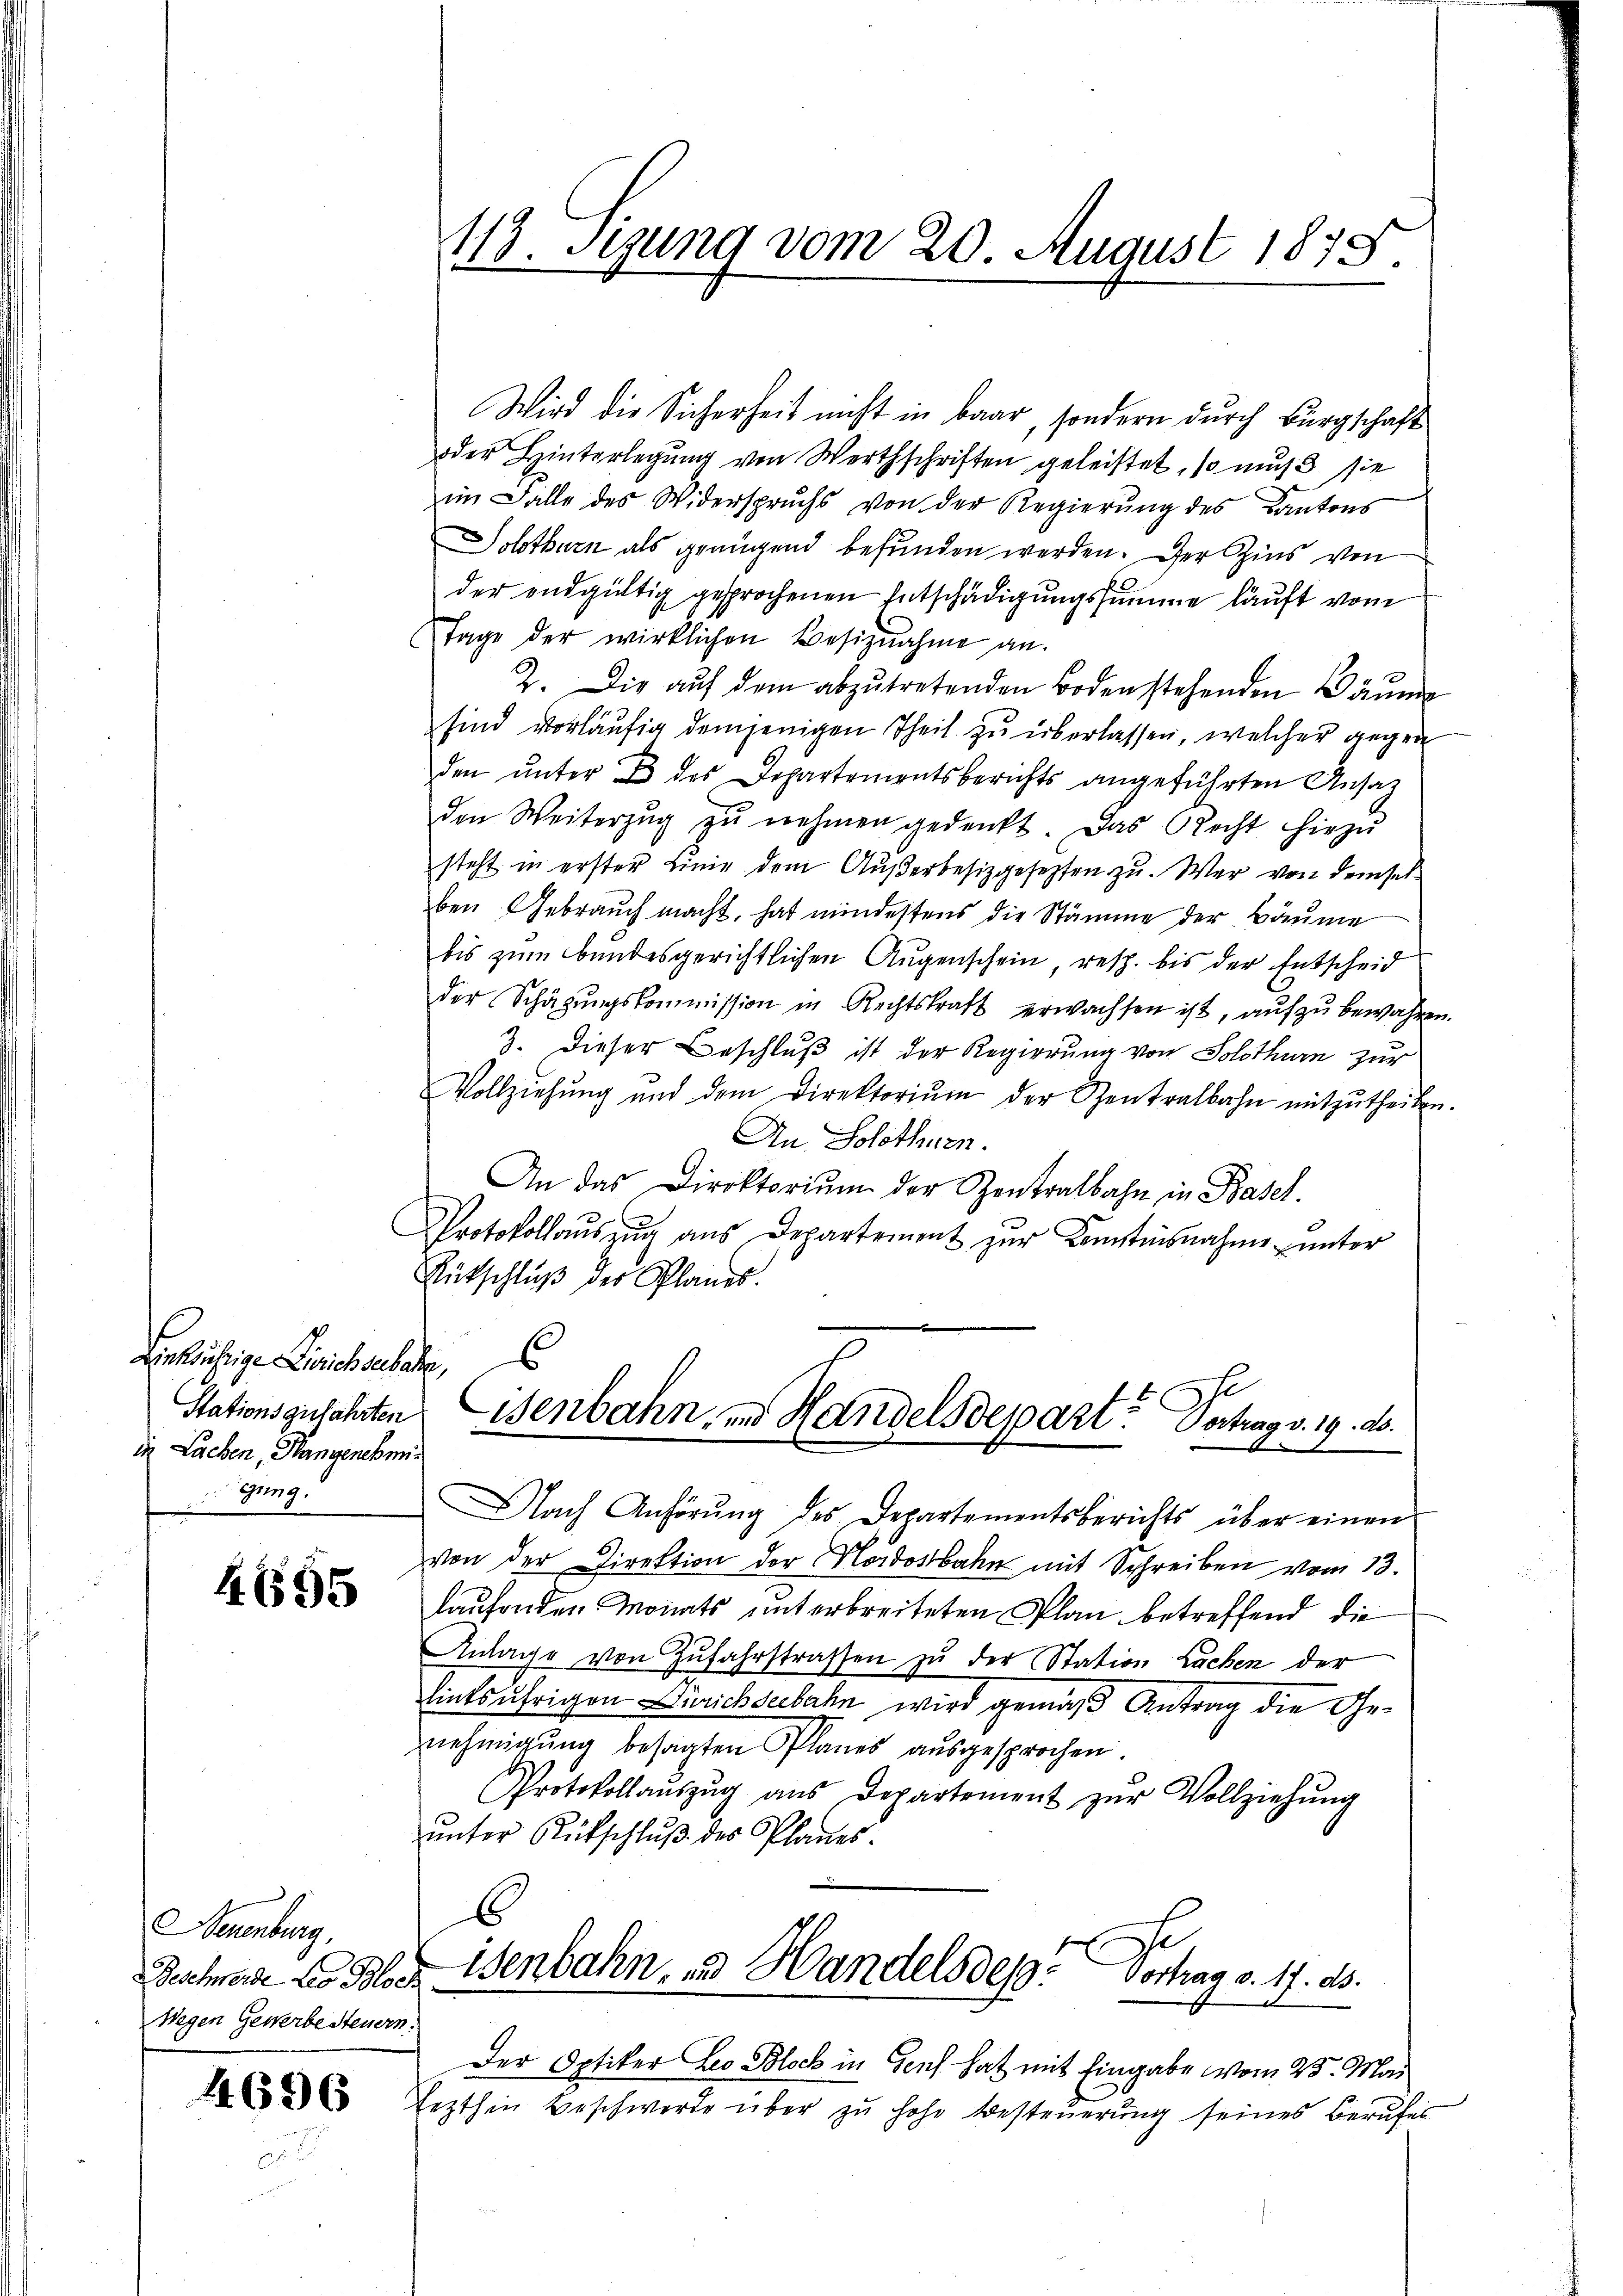
Dinkufrige Lisich sebatte,
in Lachen, Plangenehmi¬
Gung.

4695

Neuenburg,
RGeschneide Leo Bloch
Wegen Gewerbesteuern.

4696

113. Sizung vom 20. August 1875

Wird die Sicherheit nicht in Baar, sondern durch Bürgschaft
oder Hinterlegung von Werthschriften geleistet, so muß sie
im Falle des Widerspruchs von der Regierŭng des Kantons
Solothurn als genügend befunden werden. Der Zins von
der endgültig gesprochenen Entschädigungssumme läuft vom
Tage der wirklichen Besiznahme an.
2. Die auf dem abzutretenden Bodenstehenden Bäume
sind vorläŭfig demjenigen Theil zu überlassen, welcher gegen
den unter 2 des Departementsberichts angeführten Ansatz
den Weiterzŭg zŭ nehmen gedenkt. Das Recht hirzŭ
steht in erster Linie dem Außerbesizgesezten zu. Wer von demselben Gebrauch macht, hat mindestens die Stämme der Bäume
bis zum Bandesgerichtlichen Augenschein, resp. bis der Entscheid
der Schägŭngskommission in Rechtskraft erwachsen ist, auf zu bewahren
3. Dieser Beschluß ist der Regierung von Solothurn zur
Vollziehŭng ŭnd dem Direktoriŭm der Zentralbahn mitzŭtheilen
An Solothurn.
An das Direktorium der Zentralbahn in Basel.
Protokollauszug aus Departement zur Konstnisnahme unter
Entschluß der Planes.
6
Stationsgefahrten Eisenbahn, und Handelsdepart? Vertrag v. 19. ds.
S
Nach Anhörŭng des Departementsberichts über einen
von der Direktion der ordostbahn mit Schreiben vom 13.
laufenden Monats unterbreiteten Plan betreffend die
Anlage von Zŭfahrstrassen zu der Station Lachen der
linksufrigen Zürichseebahn wird gemäß Antrag die Genehmigung besagten Planes ausgesprochen.
Protokollaŭszŭg aŭs Departement zŭr Vollziehŭng
ŭnter Rütschlŭβ des Planes.
6

e
isenbahn, und Handels des Vortrag d. 17. ds.

Der Optiker Leo Block in Genf hat mit Eingabe vom 25. Mai
lezthin Beschwerde über zu hohe Besteuerung seines Berufes